Civil Veterinary Department. United Provinces 1912-22 - 1912-1922
Year: 1912
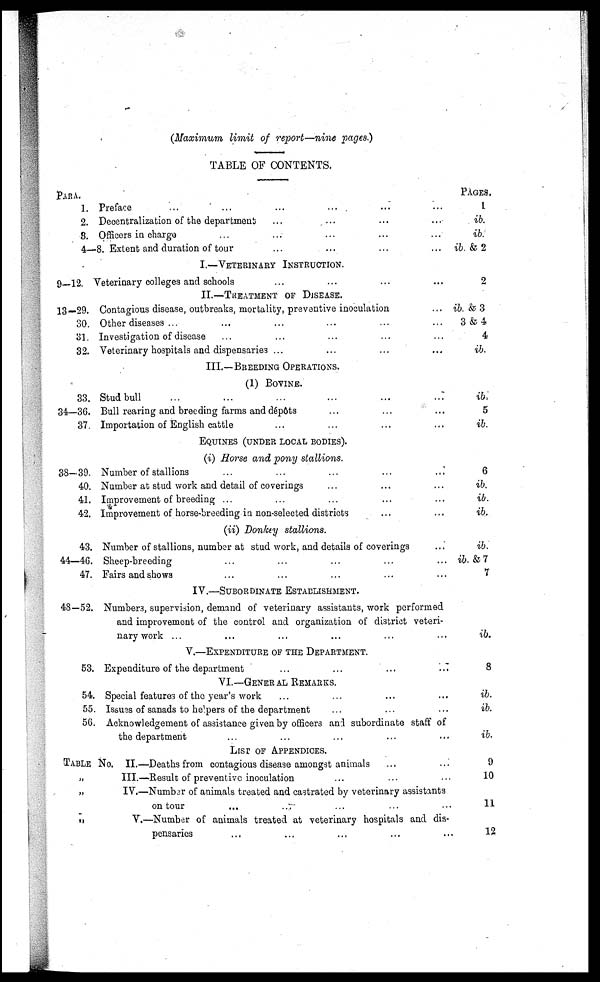
(Maximum limit of report—nine pages.)
TABLE OF CONTENTS.
PARA.
1. Preface
...
...
...
... … …
2. Decentralization of the departments … … … …
3. Officers in charge … … … … …
4—8. Extent and duration of tour … … … …
I.—VETERINARY INSTRUCTION.
9—12. Veterinary colleges and schools … … … …
II.—TREATMENT OF DISEASE.
13—29. Contagious disease, outbreaks, mortality, preventive inoculation …
30. Other diseases ... … … …
81. Investigation of disease … … … …
32. Veterinary hospitals and dispensaries ... … … …
III.—BREEDING OPERATIONS.
(1) BOVINE.
33. Stud bull … … … … … …
34—36. Bull rearing and breeding farms and dépôts … … …
37. Importation of English cattle … … … …
EQUINES (UNDER LOCAL BODIES).
(i) Horse and pony stallions.
38—39. Number of stallions … … … … …
40. Number at stud work and detail of coverings … … …
41. Improvement of breeding ... … … … …
42. Improvement of horse-breeding in non-selected districts … …
(ii) Donkey stallions.
43. Number of stallions, number at stud work, and details of coverings …
44—46. Sheep-breeding … … … … …
47. Fairs and shows … … … … …
IV.—SUBORDINATE ESTABLISHMENT.
48-52. Numbers, supervision, demand of veterinary assistants, work performed
and improvement of the control and organization of district veteri-
nary work ... … … … … …
V.—EXPENDITURE OF THE DEPARTMENT.
53. Expenditure of the department
...
...
...
...
VI.—GENERAL REMARKS.
54. Special features of the year's work … … …
53. Issues of sanads to helpers of the department … … …
50. Acknowledgement of assistance given by officers and subordinate staff of
the department … … … … …
LIST OF APPENDICES.
TABLE No. II.—Deaths from contagious disease amongst animals … …
„
III.—Result of preventive inoculation … … …
„
IV.—Number of animals treated and castrated by veterinary assistants
on tour … … … … …
„
V.—Number of animals treated at veterinary hospitals and dis-
pensaries … … … … …
PAGES.
1
ib.
ib.
ib. & 2
2
ib. & 3
3 & 4
4
ib.
ib
5
ib.
6
ib.
ib.
ib.
ib.
ib. & 7
7
ib.
8
ib.
ib.
ib.
9
10
11
12